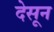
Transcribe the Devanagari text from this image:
देसून